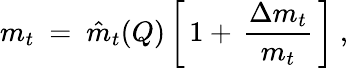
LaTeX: m_{t}\ =\ \hat{m}_{t}(Q)\left[\, 1+\, {\frac{\Delta m_{t}}{m_{t}}}\, \right]\ ,